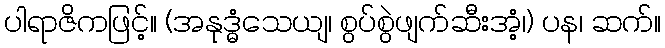
ပါရာဇိကဖြင့်။ (အနုဒ္ဓံသေယျ၊ စွပ်စွဲဖျက်ဆီးအံ့၊) ပန၊ ဆက်။